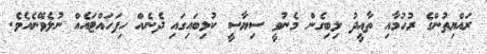
ރައްޔިތުންގެ ރުހުމާއި ތާއީދު ލިބިގެން މެނުވީ ސިޔާސީ ކުޅިބައިގައި ދެނެއް ހިފަހައްޓައެއް ނުލެވޭނެއެވެ.